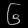
Digit: ၆